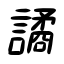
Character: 譎